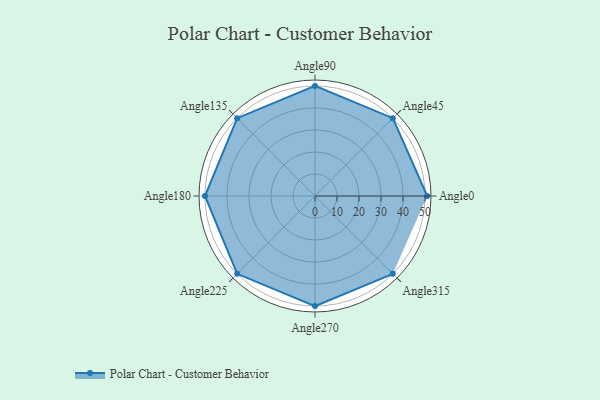
{"axis": {"x": "Angle", "y": "Radius"}, "legend": [""], "data": [{"x": "Angle0", "y": 51.0, "type": ""}, {"x": "Angle45", "y": 50, "type": ""}, {"x": "Angle90", "y": 50, "type": ""}, {"x": "Angle135", "y": 50, "type": ""}, {"x": "Angle180", "y": 50, "type": ""}, {"x": "Angle225", "y": 50, "type": ""}, {"x": "Angle270", "y": 50, "type": ""}, {"x": "Angle315", "y": 50, "type": ""}]}